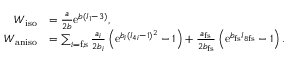
\begin{array} { r l } { W _ { \mathrm { i s o } } } & { = \frac { a } { 2 b } \mathrm { e } ^ { b ( I _ { 1 } - 3 ) } \mathrm { , } } \\ { W _ { \mathrm { a n i s o } } } & { = \sum _ { i = \mathrm { f } , \mathrm { s } } \frac { a _ { i } } { 2 b _ { i } } \left( \mathrm { e } ^ { b _ { i } ( I _ { 4 i } - 1 ) ^ { 2 } } - 1 \right) + \frac { a _ { \mathrm { f s } } } { 2 b _ { \mathrm { f s } } } \left( \mathrm { e } ^ { b _ { \mathrm { f s } } I _ { 8 \mathrm { f s } } } - 1 \right) \mathrm { . } } \end{array}